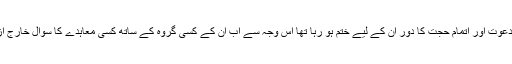
اب تبلیغ و دعوت اور اتمام حجت کا دور ان کے لیے ختم ہو رہا تھا اس وجہ سے اب ان کے کسی گروہ کے ساتھ کسی معاہدے کا سوال خارج از بحث تھا۔